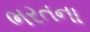
ભરતના